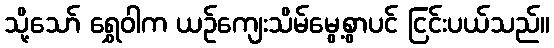
သို့သော် ရွှေဝါက ယဉ်ကျေးသိမ်မွေ့စွာပင် ငြင်းပယ်သည်။